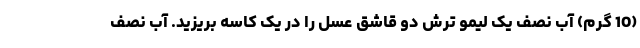
(10 گرم) آب نصف یک لیمو ترش دو قاشق عسل را در یک کاسه بریزید. آب نصف